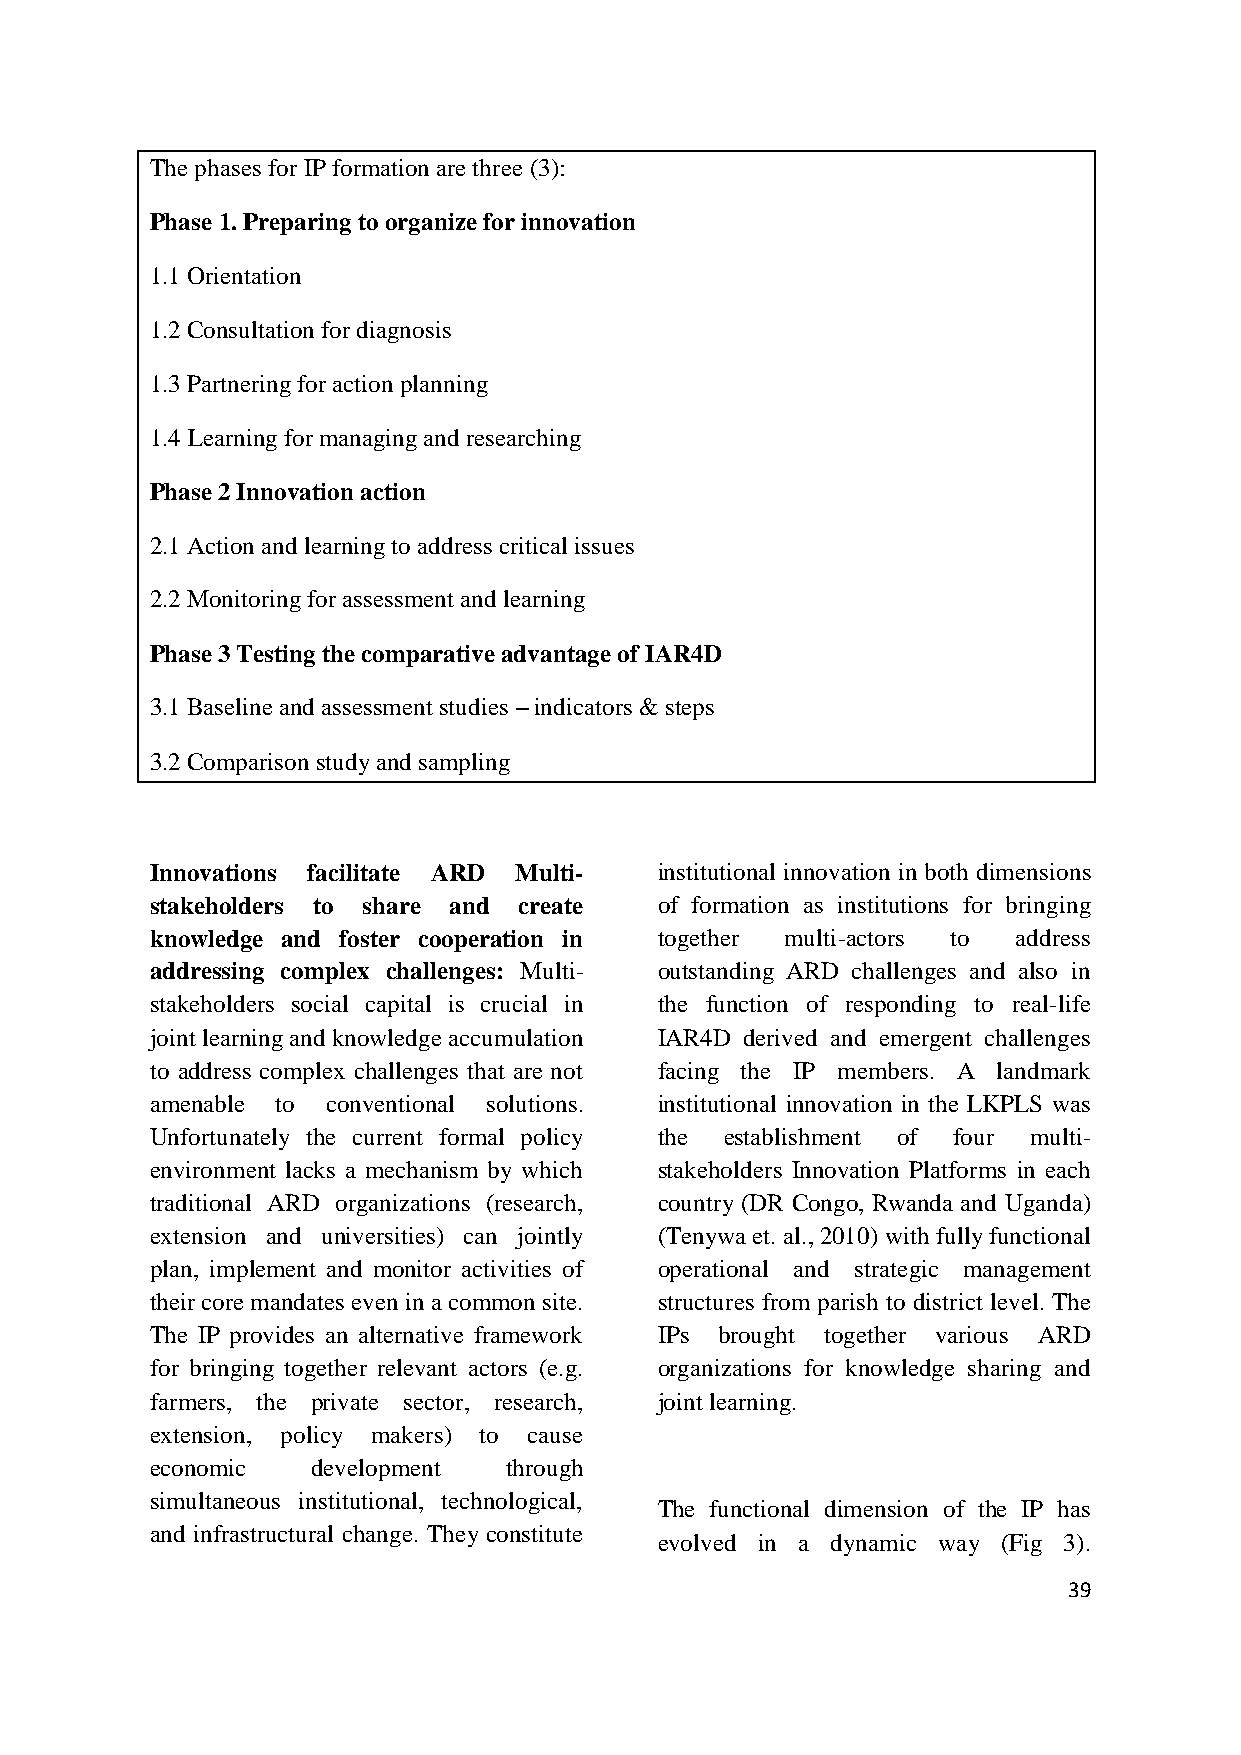
The phases for IP formation are three (3):
 Phase 1. Preparing to organize for innovation
 1.1 Orientation
 1.2 Consultation for diagnosis
 1.3 Partnering for action planning
 1.4 Learning for managing and researching
 Phase 2 Innovation action
 2.1 Action and learning to address critical issues
 2.2 Monitoring for assessment and learning
 Phase 3 Testing the comparative advantage of IAR4D
 3.1 Baseline and assessment studies – indicators & steps
 3.2 Comparison study and sampling
 Innovations facilitate ARD Multi- institutional innovation in both dimensions
 stakeholders to share and create  of formation as institutions for bringing
 knowledge and foster cooperation in together multi-actors to address
 addressing complex challenges: Multi- outstanding ARD challenges and also in
 stakeholders social capital is crucial in the function of responding to real-life
 joint learning and knowledge accumulation IAR4D derived and emergent challenges
 to address complex challenges that are not facing the IP members. A landmark
 amenable to conventional solutions. institutional innovation in the LKPLS was
 Unfortunately the current formal policy the establishment of four multi-
 environment lacks a mechanism by which stakeholders Innovation Platforms in each
 traditional ARD organizations (research, country (DR Congo, Rwanda and Uganda)
 extension and universities) can jointly (Tenywa et. al., 2010) with fully functional
 plan, implement and monitor activities of operational and strategic management
 their core mandates even in a common site. structures from parish to district level. The
 The IP provides an alternative framework IPs brought together various ARD
 for bringing together relevant actors (e.g. organizations for knowledge sharing and
 farmers, the private sector, research, joint learning.
 extension, policy makers) to cause
 economic   development through
 simultaneous institutional, technological,
 The functional dimension of the IP has
 and infrastructural change. They constitute
 evolved in a dynamic way (Fig 3).
 39